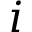
i